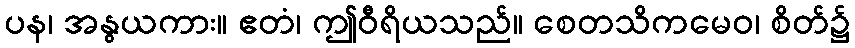
ပန၊ အနွယကား။ ဧတံ၊ ဤဝီရိယသည်။ စေတသိကမေဝ၊ စိတ်၌